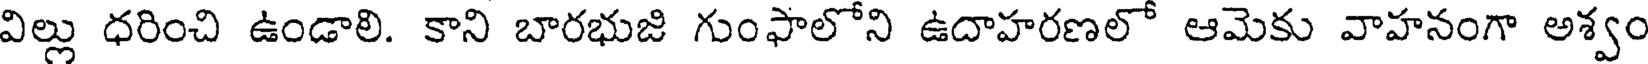
విల్లు ధరించి ఉండాలి. కాని బారభుజి గుంఫాలోని ఉదాహరణలో ఆమెకు వాహనంగా అశ్వం